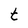
Character: t